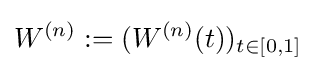
W^{(n)}:=(W^{(n)}(t))_{t\in [0,1]}